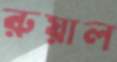
রুয়াল